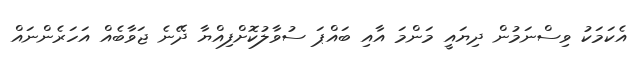
އެކަމަކު ވިސްނަމުން ދިޔައީ މަންމަ އާއި ބައްޕަ ސުވާލުކޮށްފިއްޔާ ދޭނެ ޖަވާބެއް އަހަރެންނައް